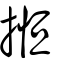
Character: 揯